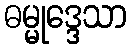
ဓမ္မုဒ္ဒေသာ